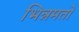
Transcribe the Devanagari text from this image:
भिन्नमतों